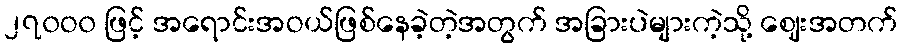
၂၇၀ဝ၀ ဖြင့် အရောင်းအဝယ်ဖြစ်နေခဲ့တဲ့အတွက် အခြားပဲများကဲ့သို့ ဈေးအတက်